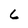
Character: 6